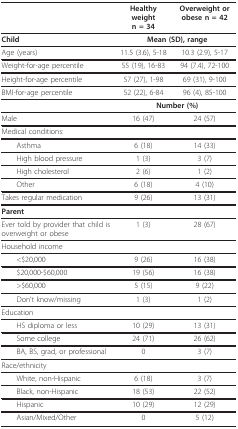
<table><thead><tr><td></td><td><b>Healthy weight n = 34</b></td><td><b>Overweight or obese n = 42</b></td></tr></thead><tbody><tr><td><b>Child</b></td><td colspan="2"><b>Mean (SD), range</b></td></tr><tr><td>Age (years)</td><td>11.5 (3.6), 5-18</td><td>10.3 (2.9), 5-17</td></tr><tr><td>Weight-for-age percentile</td><td>55 (19), 16-83</td><td>94 (7.4), 72-100</td></tr><tr><td>Height-for-age percentile</td><td>57 (27), 1-98</td><td>69 (31), 9-100</td></tr><tr><td>BMI-for-age percentile</td><td>52 (22), 6-84</td><td>96 (4), 85-100</td></tr><tr><td></td><td colspan="2"><b>Number (%)</b></td></tr><tr><td>Male</td><td>16 (47)</td><td>24 (57)</td></tr><tr><td>Medical conditions:</td><td></td><td></td></tr><tr><td> Asthma</td><td>6 (18)</td><td>14 (33)</td></tr><tr><td> High blood pressure</td><td>1 (3)</td><td>3 (7)</td></tr><tr><td> High cholesterol</td><td>2 (6)</td><td>1 (2)</td></tr><tr><td> Other</td><td>6 (18)</td><td>4 (10)</td></tr><tr><td>Takes regular medication</td><td>9 (26)</td><td>13 (31)</td></tr><tr><td><b>Parent</b></td><td></td><td></td></tr><tr><td>Ever told by provider that child is overweight or obese</td><td>1 (3)</td><td>28 (67)</td></tr><tr><td>Household income</td><td></td><td></td></tr><tr><td> &lt;$20,000</td><td>9 (26)</td><td>16 (38)</td></tr><tr><td> $20,000-$60,000</td><td>19 (56)</td><td>16 (38)</td></tr><tr><td> &gt;$60,000</td><td>5 (15)</td><td>9 (22)</td></tr><tr><td> Don&#x27;t know/missing</td><td>1 (3)</td><td>1 (2)</td></tr><tr><td>Education</td><td></td><td></td></tr><tr><td> HS diploma or less</td><td>10 (29)</td><td>13 (31)</td></tr><tr><td> Some college</td><td>24 (71)</td><td>26 (62)</td></tr><tr><td> BA, BS, grad, or professional</td><td>0</td><td>3 (7)</td></tr><tr><td>Race/ethnicity</td><td></td><td></td></tr><tr><td> White, non-Hispanic</td><td>6 (18)</td><td>3 (7)</td></tr><tr><td> Black, non-Hispanic</td><td>18 (53)</td><td>22 (52)</td></tr><tr><td> Hispanic</td><td>10 (29)</td><td>12 (29)</td></tr><tr><td> Asian/Mixed/Other</td><td>0</td><td>5 (12)</td></tr></tbody></table>